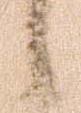
候